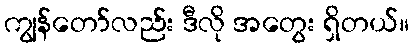
ကျွန်တော်လည်း ဒီလို အတွေး ရှိတယ်။